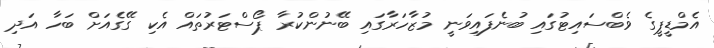
އެމްޑީޕީގެ ވެބްސައިޓުގައި ބުނެފައިވަނީ މުޒާހަރާގައި ބޭނުންކުރާ ޕޯސްޓަރުތައް އެކި ގޭގެއަށް ބަހާ އަދި